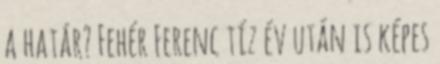
a határ? Fehér Ferenc tíz év után is képes